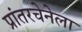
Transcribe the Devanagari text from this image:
प्रांतरचेनेला